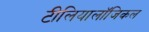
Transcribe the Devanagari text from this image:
टीलियालॉजिकल